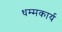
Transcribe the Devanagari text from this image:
धम्मकार्य